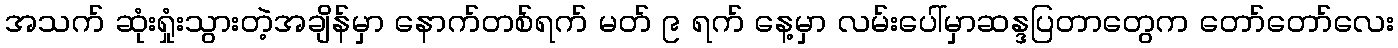
အသက် ဆုံးရှုံးသွားတဲ့အချိန်မှာ နောက်တစ်ရက် မတ် ၉ ရက် နေ့မှာ လမ်းပေါ်မှာဆန္ဒပြတာတွေက တော်တော်လေး